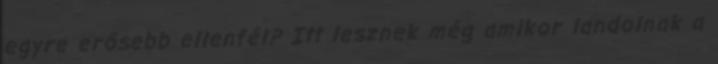
egyre erősebb ellenfél? Itt lesznek még amikor landolnak a